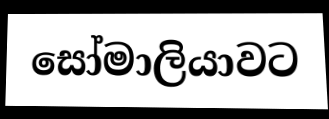
සෝමාලියාවට